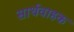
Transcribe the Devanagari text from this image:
सार्थवाहक